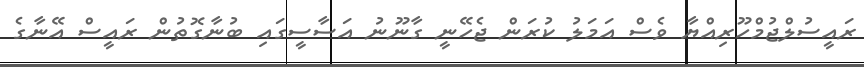
ރައީސުލްޖުމްހޫރިއްޔާ ވެސް އަމަލު ކުރަން ޖެހޭނީ ގާނޫނު އަސާސީގައި ބުނާގޮތުން ރައީސް އޭނާގެ